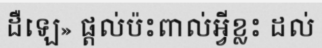
ដឺឡេ» ផ្តល់ប៉ះពាល់អ្វីខ្លះ ដល់